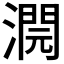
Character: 𣾬